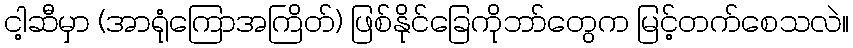
ငါ့ဆီမှာ (အာရုံကြောအကြိတ်) ဖြစ်နိုင်ခြေကိုဘာ်တွေက မြင့်တက်စေသလဲ။